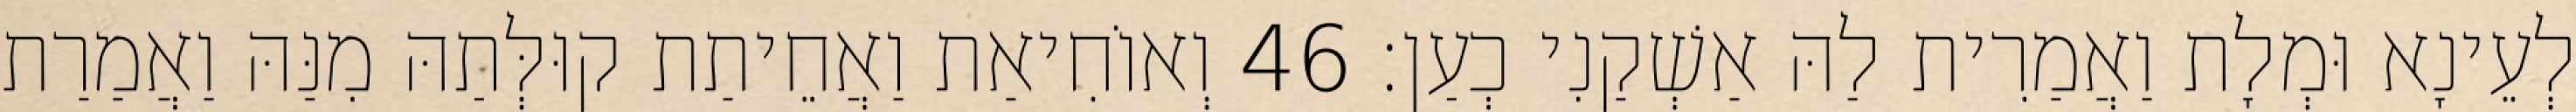
לְעֵינָא וּמְלָת וַאֲמַרִית לַהּ אַשְׁקַנִי כְעַן׃ 46 וְאוֹחִיאַת וַאֲחֵיתַת קוּלְּתַהּ מִנַּהּ וַאֲמַרַת